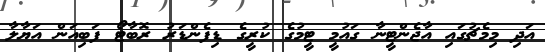
އަދި މިމެޗުގައި އާޖެންޓީނާ ގައުމީ ޓީމުގެ ކުރީގެ ޑިފެންޑަރު ރޮބާޓޯ ފަބިއަން އަޔާލާ